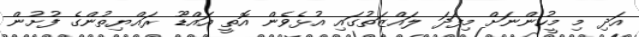
އަދި މި މީހުންނަށް މިފަދަ ލައްޒަތުގައި އުޅެވެން އޮތީ އައްޑޫ ރައްޔިތުންގެ ފުށުން